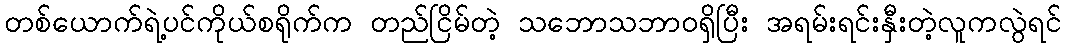
တစ်ယောက်ရဲ့ပင်ကိုယ်စရိုက်က တည်ငြိမ်တဲ့ သဘောသဘာဝရှိပြီး အရမ်းရင်းနှီးတဲ့လူကလွဲရင်